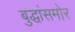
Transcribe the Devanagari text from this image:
बुद्धांसमोर